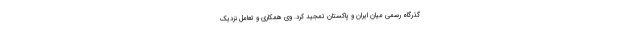
گذرگاه رسمی میان ایران و پاکستان تمجید کرد. وی همکاری و تعامل نزدیک